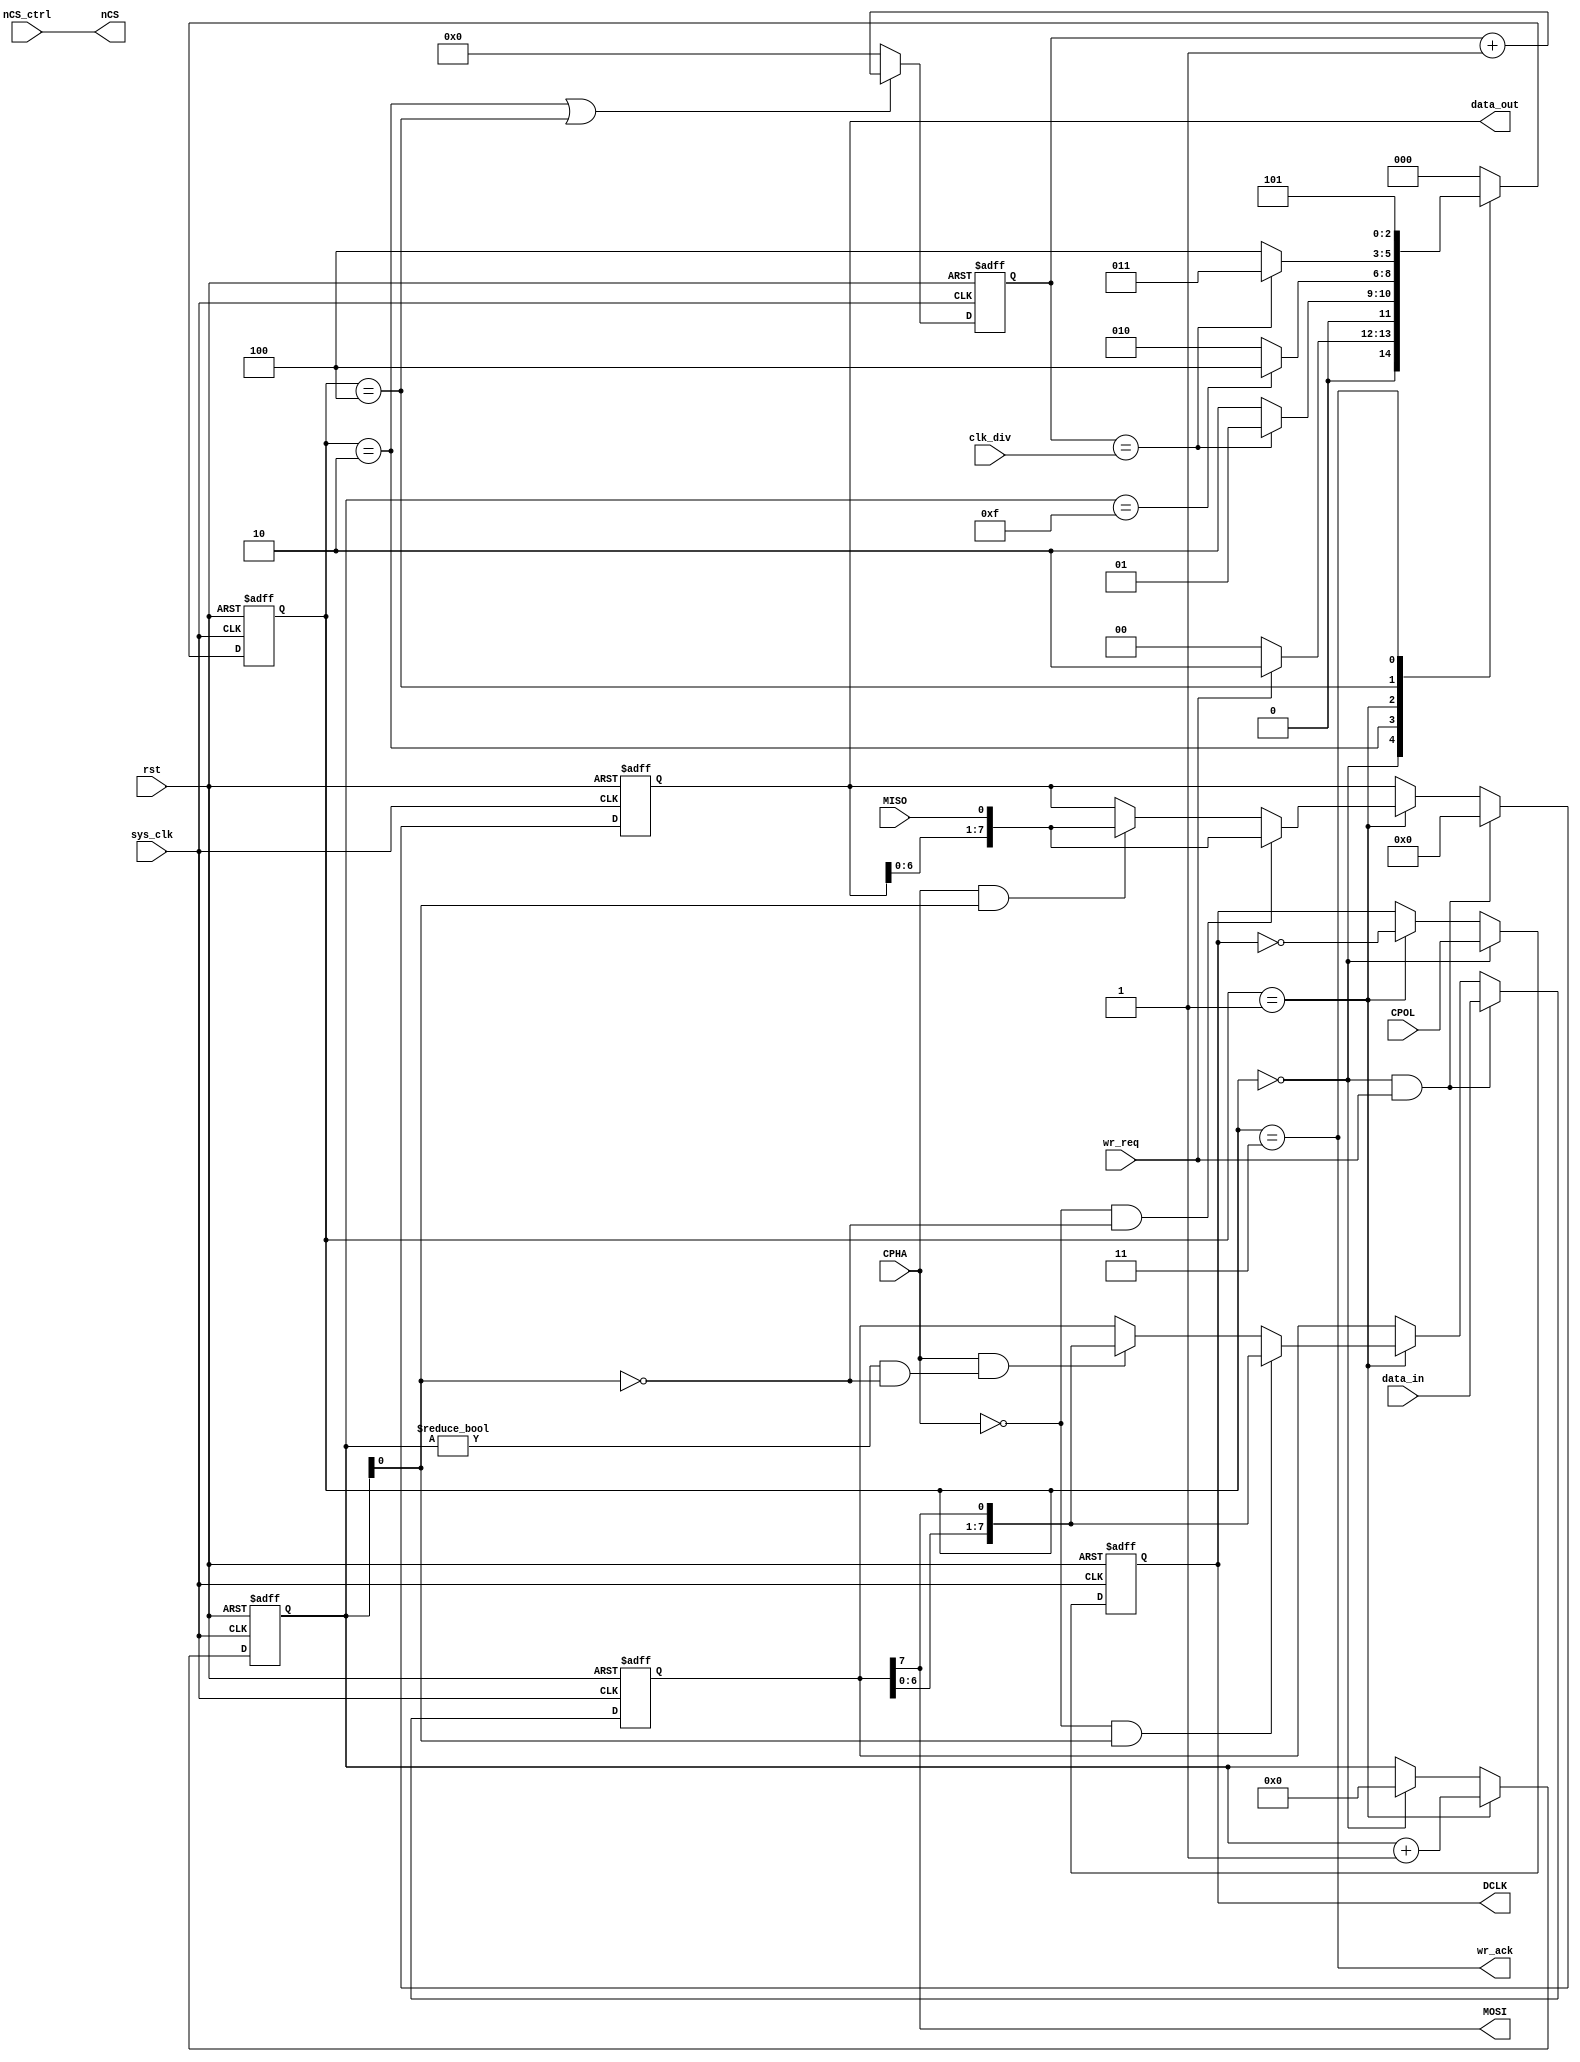
module spi_master
(
	input                       sys_clk,
	input                       rst,
	output                      nCS,       //chip select (SPI mode)
	output                      DCLK,      //spi clock
	output                      MOSI,      //spi data output
	input                       MISO,      //spi input
	input                       CPOL,
	input                       CPHA,
	input                       nCS_ctrl,
	input[15:0]                 clk_div,
	input                       wr_req,
	output                      wr_ack,
	input[7:0]                  data_in,
	output[7:0]                 data_out
);
localparam                   IDLE            = 0;
localparam                   DCLK_EDGE       = 1;
localparam                   DCLK_IDLE       = 2;
localparam                   ACK             = 3;
localparam                   LAST_HALF_CYCLE = 4;
localparam                   ACK_WAIT        = 5;
reg                          DCLK_reg;
reg[7:0]                     MOSI_shift;
reg[7:0]                     MISO_shift;
reg[2:0]                     state;
reg[2:0]                     next_state;
reg [15:0]                   clk_cnt;
reg[4:0]                     clk_edge_cnt;
assign MOSI = MOSI_shift[7];
assign DCLK = DCLK_reg;
assign data_out = MISO_shift;
assign wr_ack = (state == ACK);
assign nCS = nCS_ctrl;
always@(posedge sys_clk or posedge rst)
begin
	if(rst)
		state <= IDLE;
	else
		state <= next_state;
end

always@(*)
begin
	case(state)
		IDLE:
			if(wr_req == 1'b1)
				next_state <= DCLK_IDLE;
			else
				next_state <= IDLE;
		DCLK_IDLE:
			//half a SPI clock cycle produces a clock edge
			if(clk_cnt == clk_div)
				next_state <= DCLK_EDGE;
			else
				next_state <= DCLK_IDLE;
		DCLK_EDGE:
			//a SPI byte with a total of 16 clock edges
			if(clk_edge_cnt == 5'd15)
				next_state <= LAST_HALF_CYCLE;
			else
				next_state <= DCLK_IDLE;
		//this is the last data edge
		LAST_HALF_CYCLE:
			if(clk_cnt == clk_div)
				next_state <= ACK;
			else
				next_state <= LAST_HALF_CYCLE;
		//send one byte complete
		ACK:
			next_state <= ACK_WAIT;
		//wait for one clock cycle, to ensure that the cancel request signal
		ACK_WAIT:
			next_state <= IDLE;
		default:
			next_state <= IDLE;
	endcase
end

always@(posedge sys_clk or posedge rst)
begin
	if(rst)
		DCLK_reg <= 1'b0;
	else if(state == IDLE)
		DCLK_reg <= CPOL;
	else if(state == DCLK_EDGE)
		DCLK_reg <= ~DCLK_reg;//SPI clock edge
end
//SPI clock wait counter
always@(posedge sys_clk or posedge rst)
begin
	if(rst)
		clk_cnt <= 16'd0;
	else if(state == DCLK_IDLE || state == LAST_HALF_CYCLE)
		clk_cnt <= clk_cnt + 16'd1;
	else
		clk_cnt <= 16'd0;
end
//SPI clock edge counter
always@(posedge sys_clk or posedge rst)
begin
	if(rst)
		clk_edge_cnt <= 5'd0;
	else if(state == DCLK_EDGE)
		clk_edge_cnt <= clk_edge_cnt + 5'd1;
	else if(state == IDLE)
		clk_edge_cnt <= 5'd0;
end
//SPI data output
always@(posedge sys_clk or posedge rst)
begin
	if(rst)
		MOSI_shift <= 8'd0;
	else if(state == IDLE && wr_req)
		MOSI_shift <= data_in;
	else if(state == DCLK_EDGE)
		if(CPHA == 1'b0 && clk_edge_cnt[0] == 1'b1)
			MOSI_shift <= {MOSI_shift[6:0],MOSI_shift[7]};
		else if(CPHA == 1'b1 && (clk_edge_cnt != 5'd0 && clk_edge_cnt[0] == 1'b0))
			MOSI_shift <= {MOSI_shift[6:0],MOSI_shift[7]};
end
//SPI data input
always@(posedge sys_clk or posedge rst)
begin
	if(rst)
		MISO_shift <= 8'd0;
	else if(state == IDLE && wr_req)
		MISO_shift <= 8'h00;
	else if(state == DCLK_EDGE)
		if(CPHA == 1'b0 && clk_edge_cnt[0] == 1'b0)
			MISO_shift <= {MISO_shift[6:0],MISO};
		else if(CPHA == 1'b1 && (clk_edge_cnt[0] == 1'b1))
			MISO_shift <= {MISO_shift[6:0],MISO};
end
endmodule